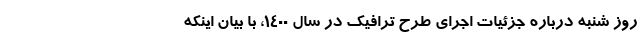
روز شنبه درباره جزئیات اجرای طرح ترافیک در سال ۱۴۰۰، با بیان اینکه